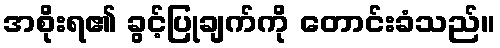
အစိုးရ၏ ခွင့်ပြုချက်ကို တောင်းခံသည်။